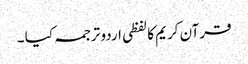
قرآن کریم کا لفظی اردو ترجمہ کیا ۔